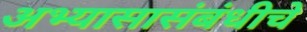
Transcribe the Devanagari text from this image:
अभ्यासासंबंधीचे